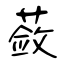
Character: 蔹